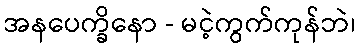
အနပေက္ခိနော - မငဲ့ကွက်ကုန်ဘဲ၊